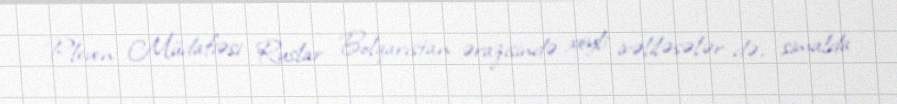
Pleven Müdafiəsi Ruslar Bolqarıstan ərazisində xeyli irəliləsələr də, şimalda